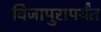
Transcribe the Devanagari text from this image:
विजापुरापर्यंत